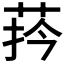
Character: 𦰄